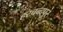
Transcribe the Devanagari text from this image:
हरचन्‍दपुर